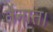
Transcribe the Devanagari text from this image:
तैनात।